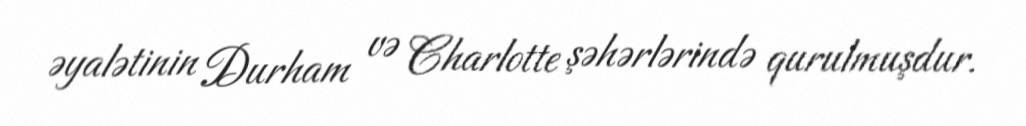
əyalətinin Durham və Charlotte şəhərlərində qurulmuşdur.